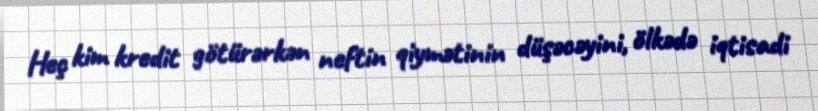
Heç kim kredit götürərkən neftin qiymətinin düşəcəyini, ölkədə iqtisadi